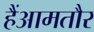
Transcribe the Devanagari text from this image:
हैंआमतौर